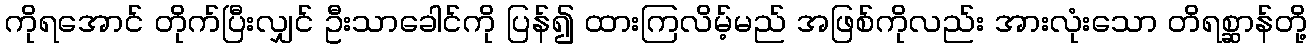
ကိုရအောင် တိုက်ပြီးလျှင် ဦးသာခေါင်ကို ပြန်၍ ထားကြလိမ့်မည် အဖြစ်ကိုလည်း အားလုံးသော တိရစ္ဆာန်တို့